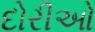
દોરીઓ